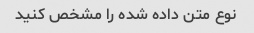
نوع متن داده شده را مشخص کنید